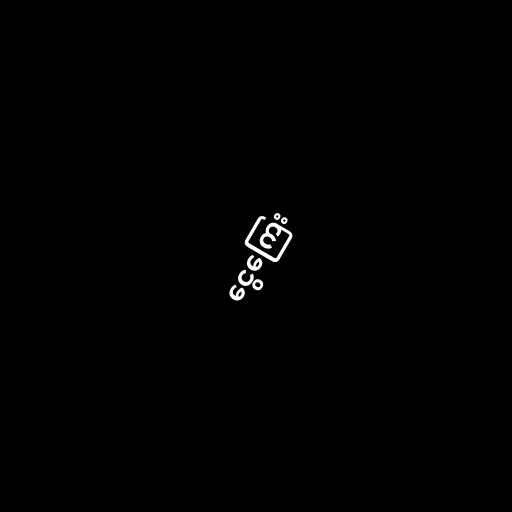
ငွေကြေး